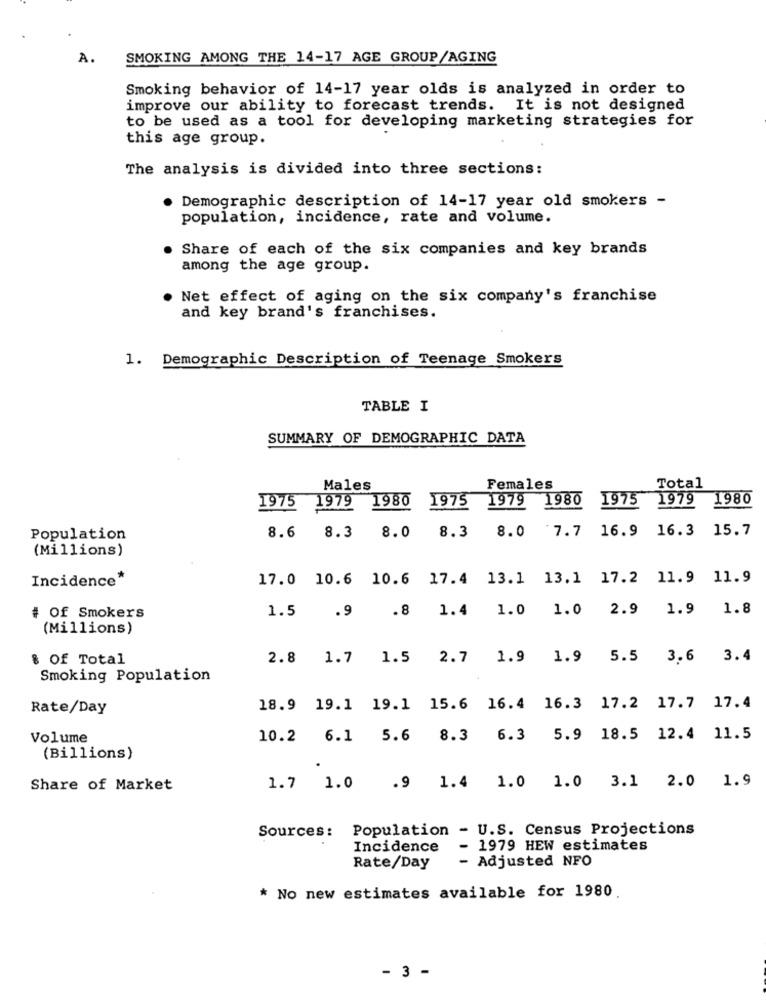
SMOKING AMONG THE 14-17 AGE GROUP/AGING
Smoking behavior of 14-17 year olds is analyzed in order to
improve our ability to forecast trends. It is not designed
to be used as a tool for developing marketing strategies for
this age group.
The analysis is divided into three sections:
Demographic description of 14-17 year old smokers -
population, incidence, rate and volume.
Share of each of the six companies and key brands
among the age group.
. Net effect of aging on the six company's franchise
and key brand's franchises.
1. Demographic Description of Teenage Smokers
TABLE I
SUMMARY OF DEMOGRAPHIC DATA
Males
Females
Total
1980
1979 1980
1975
1979
1980
1975
1979
1975
8.0
8.3
8.0
7.7 16.9
16.3
15.7
Population
8.6 8.3
(Millions)
Incidence*
17.0 10.6 10.6 17.4 13.1 13.1 17.2 11.9 11.9
1.5
.9
.8
1.4
1.0 1.0 2.9 1.9
1.8
# Of Smokers
(Millions)
% Of Total
2.8 1.7 1.5 2.7 1.9 1.9 5.5 3.6 3.4
Smoking Population
Rate/Day
18.9 19.1 19.1 15.6 16.4 16.3 17.2 17.7 17.4
Volume
10.2 6.1 5.6 8.3 6.3 5.9 18.5 12.4 11.5
(Billions)
1.7 1.0 .9 1.4 1.0 1.0 3.1 2.0 1.9
Share of Market
Sources: Population - U.S. Census Projections
Incidence
- 1979 HEW estimates
- Adjusted NFO
Rate/Day
* No new estimates available for 1980.
- 3 -